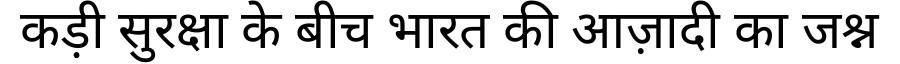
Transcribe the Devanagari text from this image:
कड़ी सुरक्षा के बीच भारत की आज़ादी का जश्न